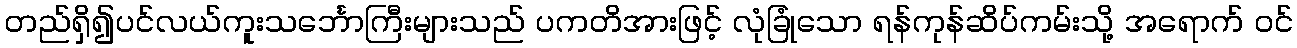
တည်ရှိ၍ပင်လယ်ကူးသင်္ဘောကြီးများသည် ပကတိအားဖြင့် လုံခြုံသော ရန်ကုန်ဆိပ်ကမ်းသို့ အရောက် ဝင်